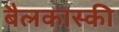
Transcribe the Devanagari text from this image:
बैलकास्की